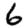
Digit: 6